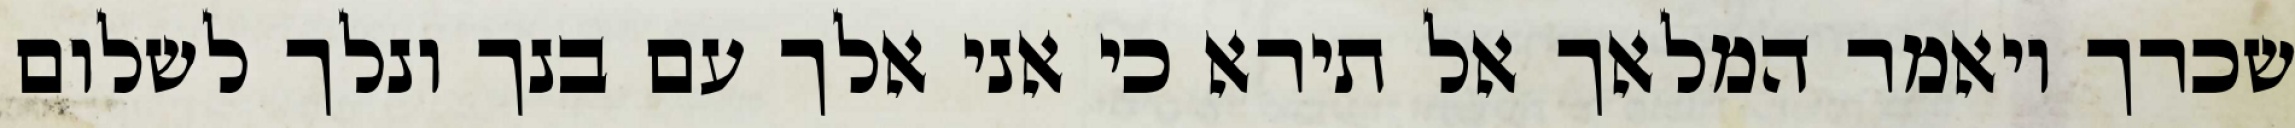
שכרך ויאמר המלאך אל תירא כי אני אלך עם בנך ונלך לשלום